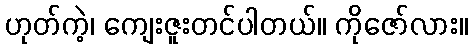
ဟုတ်ကဲ့၊ ကျေးဇူးတင်ပါတယ်။ ကိုဇော်လား။